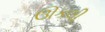
ઊકલી